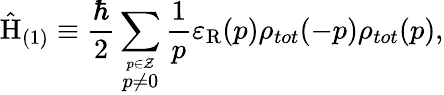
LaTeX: \hat{\mathrm{H}}_{(1)}\equiv\frac{\hbar}{2}\sum_{\stackrel{p\in\cal Z}{p\neq 0}}\frac{1}{p}\varepsilon_{\mathrm{R}}(p)\rho_{tot}(-p)\rho_{tot}(p),